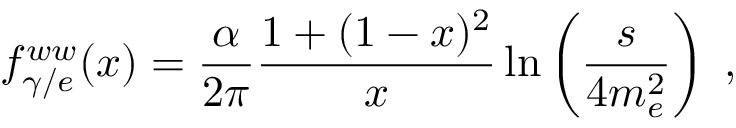
f _ { \gamma / e } ^ { w w } ( x ) = \frac { \alpha } { 2 \pi } \frac { 1 + ( 1 - x ) ^ { 2 } } { x } \ln \left( \frac { s } { 4 m _ { e } ^ { 2 } } \right) \; ,